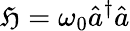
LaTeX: \mathfrak{H}=\omega_{0}\hat{{a}}^{\dagger}\hat{{a}}